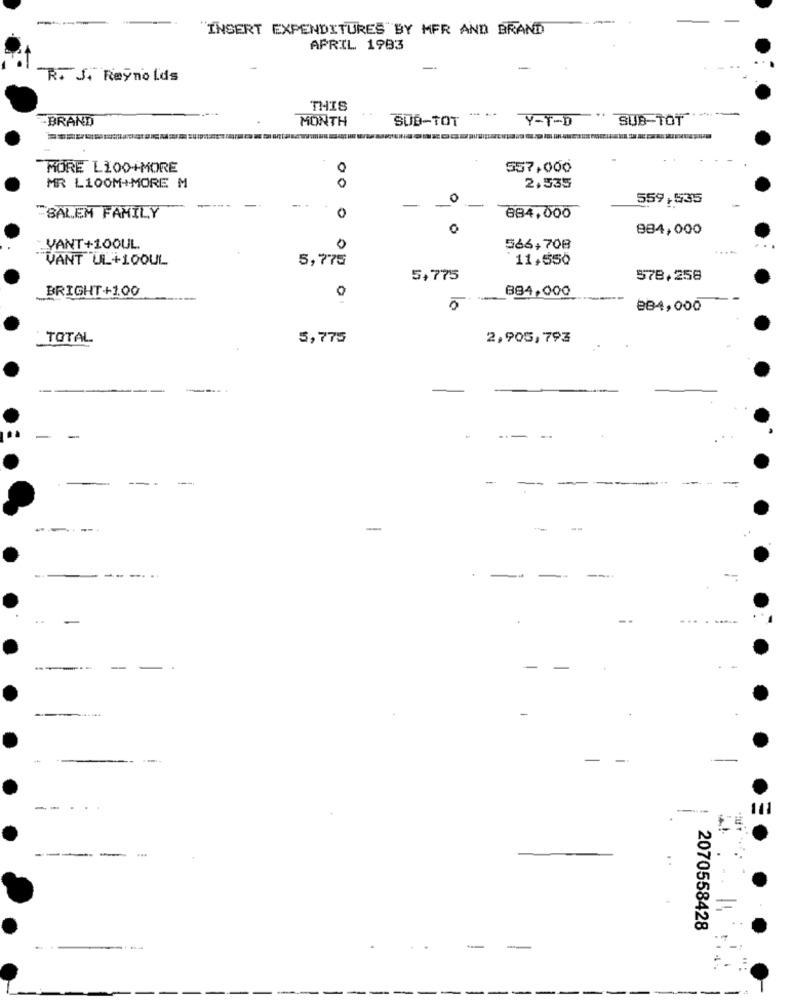
INSERT EXPENDITURES BY MER AND BRAND
APRIL 1983
-
R. J. Reynolds
THIS
-BRAND
MONTH
SUB-TOT
--.
SUB-TOT
Y-Y-D
MORE LI00+MORE
0
557,000
MR L100M+MORE M
0
2,535
0
559,535
-
-
"BALEM FAMILY
0
884,000
O
884,000
VANT+100UL
0
566,708
VANT UL+100UL
5,775
11,550
5,775
578,258
BRIGHT+100
884,000
884,000
TOTAL
5,775
2.905,793
-
--
---
-
-
-
----
--
-
-
=
2070558428
-
-